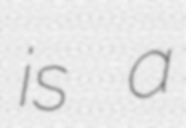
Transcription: is a